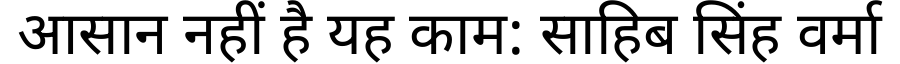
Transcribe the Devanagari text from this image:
आसान नहीं है यह काम: साहिब सिंह वर्मा